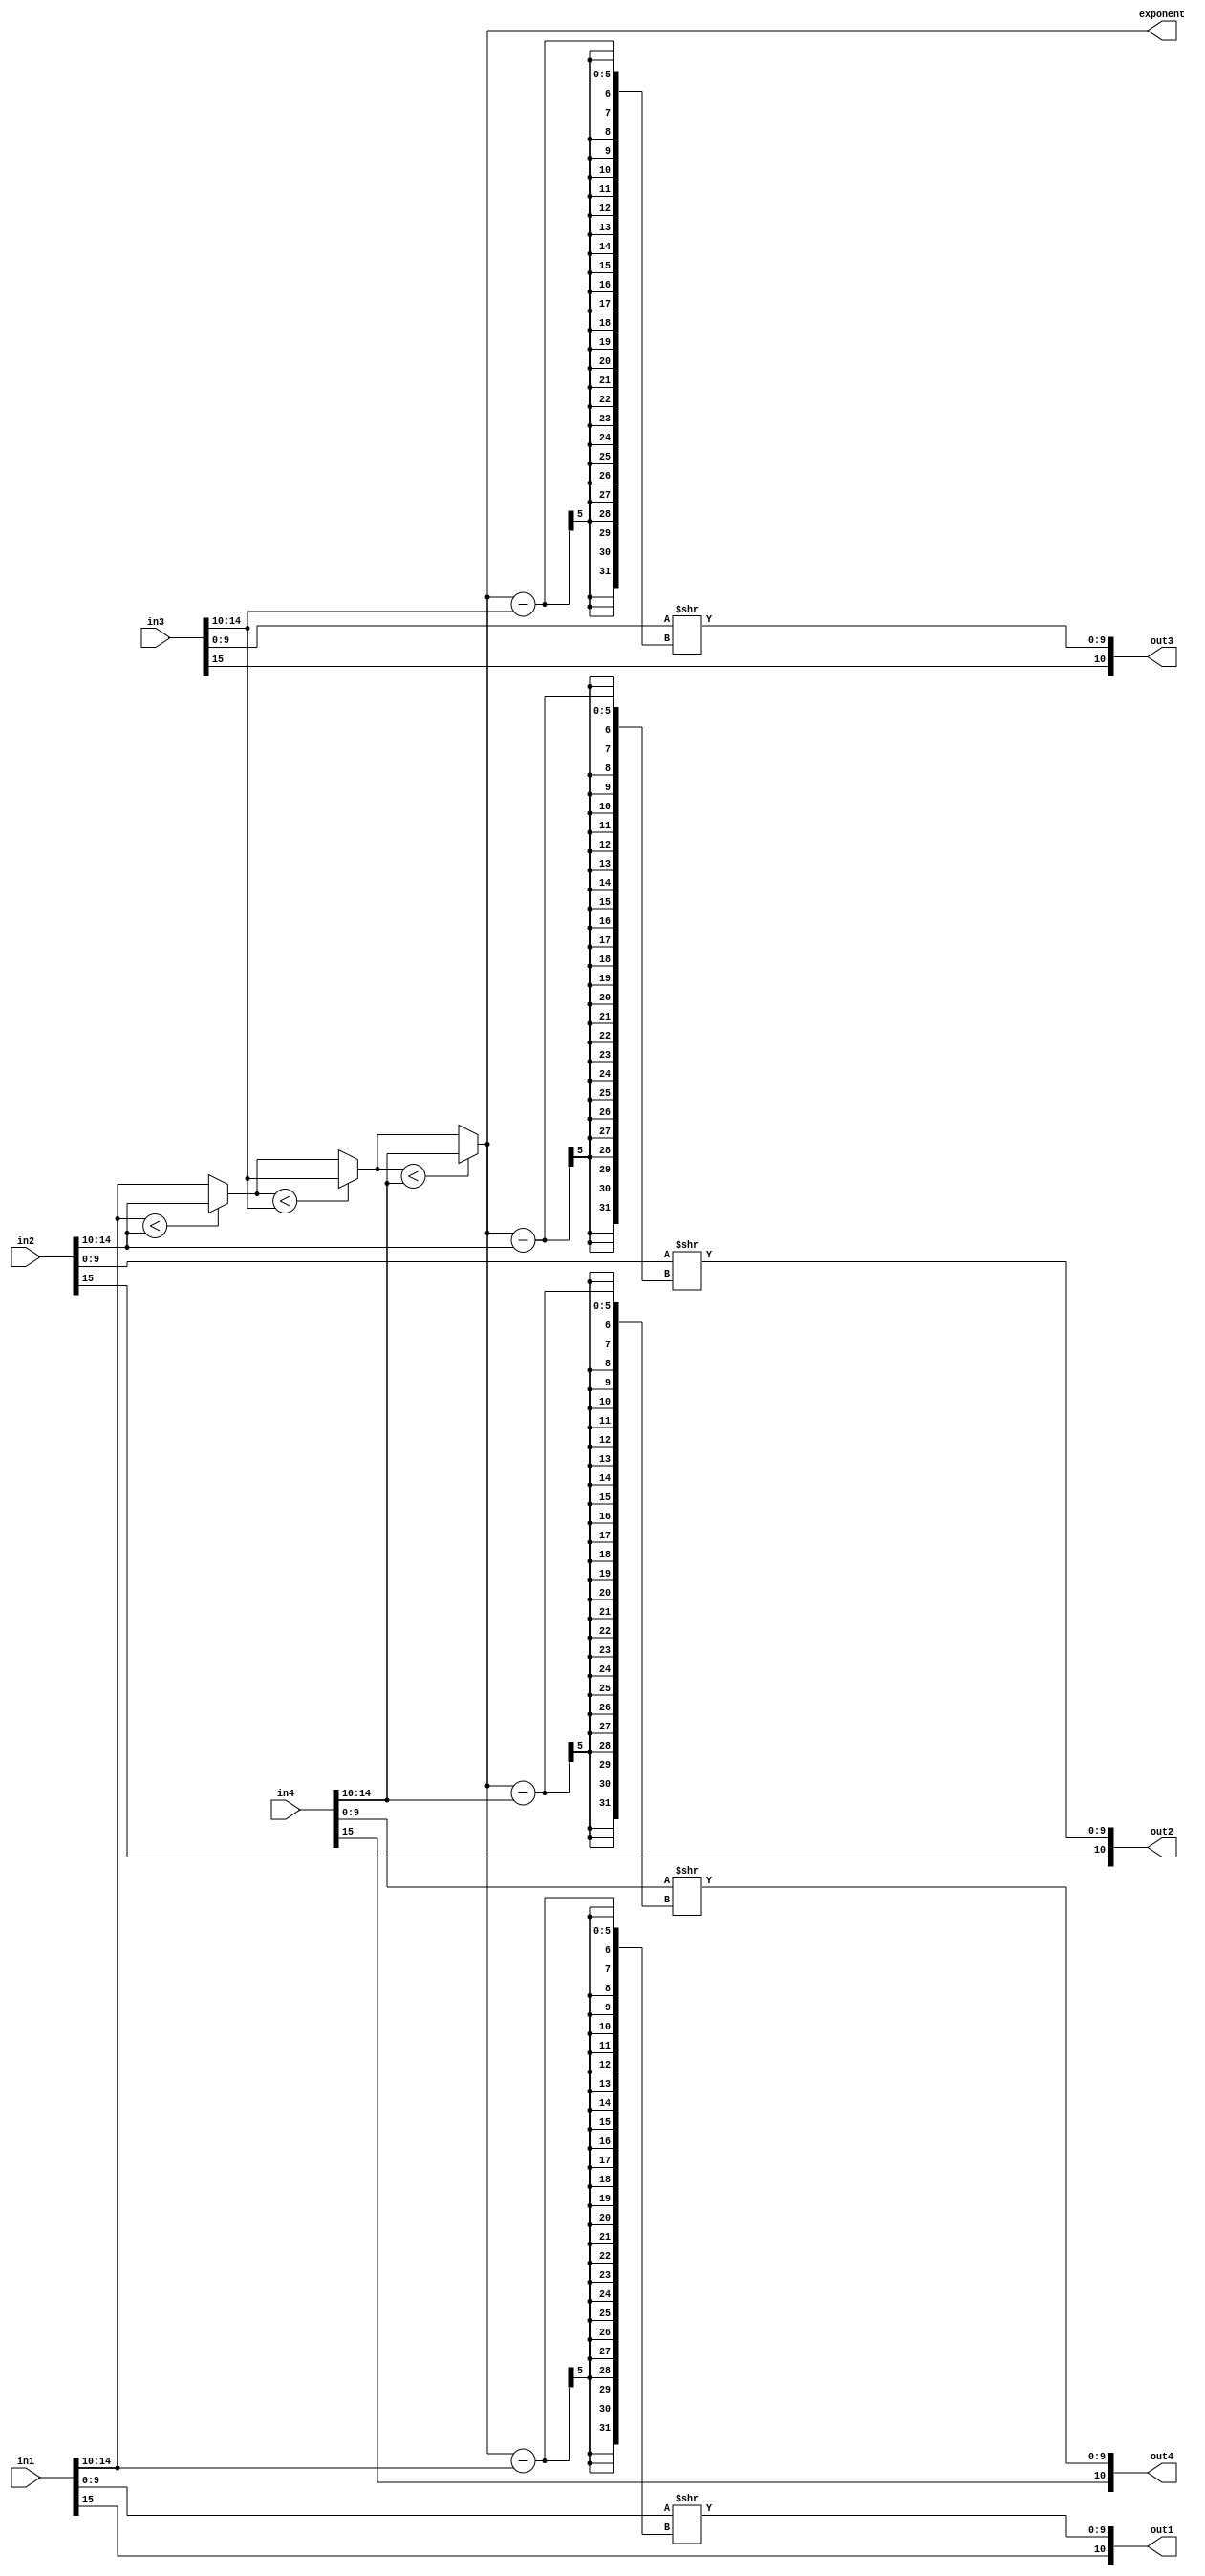
`timescale 1ns / 1ps
//////////////////////////////////////////////////////////////////////////////////
// Company: 
// Engineer: 
// 
// Design Name: 
// Module Name: normalization
// Project Name: 
// Target Devices: 
// Tool Versions: 
// Description: 
// 
// Dependencies: 
// 
// Revision:
// Revision 0.01 - File Created
// Additional Comments:
// 
//////////////////////////////////////////////////////////////////////////////////


module normalization
#(parameter input_size=16, exponent_size=5, mantissa_size=10)
(
    input [input_size-1:0] in1, in2, in3, in4,
    output [mantissa_size:0] out1, out2, out3, out4,
    output [exponent_size-1:0] exponent
    );
    reg [mantissa_size-1:0] man1, man2, man3, man4, shifted_man1, shifted_man2, shifted_man3, shifted_man4;
    reg [exponent_size-1:0] exp1, exp2, exp3, exp4;
    
    // spit the mantissa and exponent
    always @(in1, in2, in3, in4) begin
        man1 <= in1[mantissa_size-1:0];
        man2 <= in2[mantissa_size-1:0];
        man3 <= in3[mantissa_size-1:0];
        man4 <= in4[mantissa_size-1:0];

        exp1 <= in1[input_size-2:mantissa_size];
        exp2 <= in2[input_size-2:mantissa_size];
        exp3 <= in3[input_size-2:mantissa_size];
        exp4 <= in4[input_size-2:mantissa_size];
    end
    
    // find the maximum exponent
    integer i;
    reg [exponent_size-1:0] max_exp;
    reg [exponent_size-1:0] array[1:4];
    reg FLAG_max_exp_updated = 1'b0;
    always @(exp1, exp2, exp3, exp4) begin 
        array[1] = exp1;
        array[2] = exp2;
        array[3] = exp3;
        array[4] = exp4;
        max_exp = exp1;
        for (i=1; i<4; i = i+1) begin 
            if (max_exp < array[i+1]) begin 
                max_exp = array[i+1];
            end
        end
        FLAG_max_exp_updated = ~FLAG_max_exp_updated;
    end
    
    assign exponent = max_exp;
   
    // set the maximum exponent as the exponent of the block floating point and shift the mantissa correspondingly
    integer diff[1:4];
    reg FLAG_diff_calculated = 1'b0;
    always @ (FLAG_max_exp_updated) begin 
        diff[1] = max_exp - exp1;
        diff[2] = max_exp - exp2;
        diff[3] = max_exp - exp3;
        diff[4] = max_exp - exp4;
        FLAG_diff_calculated = ~FLAG_diff_calculated;
    end
    
    always @ (FLAG_diff_calculated) begin 
        shifted_man1 <= man1 >> diff[1];
        shifted_man2 <= man2 >> diff[2];
        shifted_man3 <= man3 >> diff[3];
        shifted_man4 <= man4 >> diff[4];
    end
    
    assign out1 = {in1[input_size-1], shifted_man1};
    assign out2 = {in2[input_size-1], shifted_man2};
    assign out3 = {in3[input_size-1], shifted_man3};
    assign out4 = {in4[input_size-1], shifted_man4};
    
endmodule